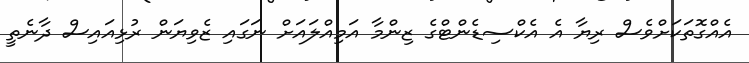
އެއްގޮތަކަށްވެސް ރިޔާ އެ އެކްސިޑެންޓްގެ ޒިންމާ އަމިއްލައަށް ނަގައި ޒެވިޔަން ރުޅިއައިސް ދާނެތީ